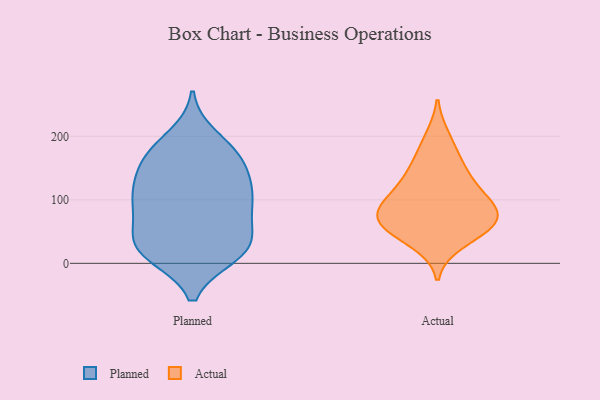
{"axis": {"x": "Humidity (%)", "y": "Value"}, "legend": ["Actual", "Planned"], "data": [{"x": "", "y": 100, "type": "Planned"}, {"x": "", "y": 143, "type": "Planned"}, {"x": "", "y": 156, "type": "Planned"}, {"x": "", "y": 112, "type": "Planned"}, {"x": "", "y": 170, "type": "Planned"}, {"x": "", "y": 29, "type": "Planned"}, {"x": "", "y": 99, "type": "Planned"}, {"x": "", "y": 39, "type": "Planned"}, {"x": "", "y": 45, "type": "Planned"}, {"x": "", "y": 177, "type": "Planned"}, {"x": "", "y": 101, "type": "Planned"}, {"x": "", "y": 86, "type": "Planned"}, {"x": "", "y": 167, "type": "Planned"}, {"x": "", "y": 13, "type": "Planned"}, {"x": "", "y": 122, "type": "Planned"}, {"x": "", "y": 15, "type": "Planned"}, {"x": "", "y": 19, "type": "Planned"}, {"x": "", "y": 17, "type": "Planned"}, {"x": "", "y": 199, "type": "Planned"}, {"x": "", "y": 63, "type": "Planned"}, {"x": "", "y": 102, "type": "Actual"}, {"x": "", "y": 197, "type": "Actual"}, {"x": "", "y": 125, "type": "Actual"}, {"x": "", "y": 69, "type": "Actual"}, {"x": "", "y": 162, "type": "Actual"}, {"x": "", "y": 72, "type": "Actual"}, {"x": "", "y": 69, "type": "Actual"}, {"x": "", "y": 143, "type": "Actual"}, {"x": "", "y": 57, "type": "Actual"}, {"x": "", "y": 34, "type": "Actual"}, {"x": "", "y": 87, "type": "Actual"}, {"x": "", "y": 53, "type": "Actual"}, {"x": "", "y": 100, "type": "Actual"}]}